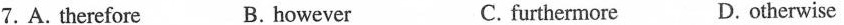
7. A. therefore B. however C. furthermore D. otherwise